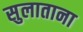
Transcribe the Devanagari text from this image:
सुलाताना